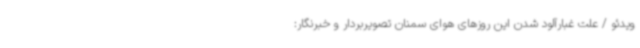
ویدئو / علت غبارآلود شدن این روزهای هوای سمنان تصویربردار و خبرنگار: